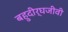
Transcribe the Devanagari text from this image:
बहुदीर्घजीवी